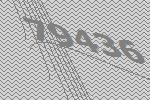
79436